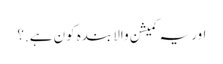
اور یہ کمیشن والا بندہ کون ہے.؟